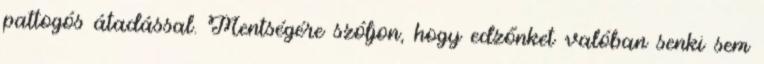
pattogós átadással. Mentségére szóljon, hogy edzőnket valóban senki sem